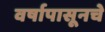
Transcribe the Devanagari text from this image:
वर्षापासूनचे